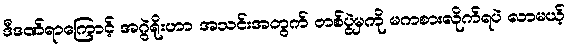
ဒီဒဏ်ရာကြောင့် အဂွဲရိုးဟာ အသင်းအတွက် တစ်ပွဲမှကို မကစားလိုက်ရပဲ လာမယ့်